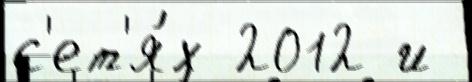
с'ет'я́х 2012 и